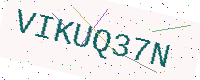
Text: VIKUQ37N